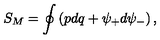
S _ { M } = \oint \left( p d q + \psi _ { + } d \psi _ { - } \right) ,